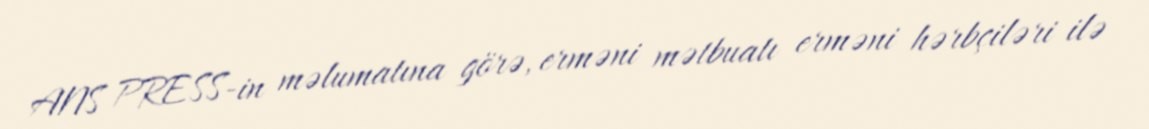
ANS PRESS-in məlumatına görə, erməni mətbuatı erməni hərbçiləri ilə